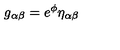
g _ { \alpha \beta } = e ^ { \phi } \eta _ { \alpha \beta }